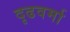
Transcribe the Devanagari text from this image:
दृढवर्मा